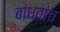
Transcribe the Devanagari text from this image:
बांधवांच